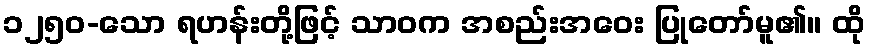
၁၂၅၀-သော ရဟန်းတို့ဖြင့် သာဝက အစည်းအဝေး ပြုတော်မူ၏။ ထို